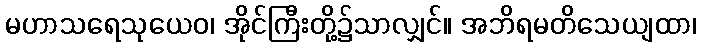
မဟာသရေသုယေဝ၊ အိုင်ကြီးတို့၌သာလျှင်။ အဘိရမတိသေယျထာ၊